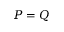
P = Q